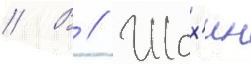
// В // Шох'ин